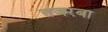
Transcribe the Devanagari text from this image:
तजरबा